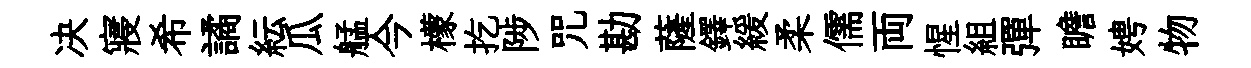
决寢希譎紜瓜艋今檬扢陟咒勘薩鐸緩柔儒両惺組彈瞻娉物